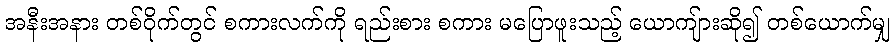
အနီးအနား တစ်ဝိုက်တွင် စကားလက်ကို ရည်းစား စကား မပြောဖူးသည့် ယောကျ်ားဆို၍ တစ်ယောက်မျှ